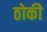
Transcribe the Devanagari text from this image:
ठोकी